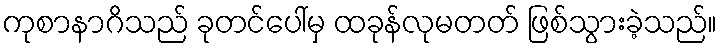
ကုစာနာဂိသည် ခုတင်ပေါ်မှ ထခုန်လုမတတ် ဖြစ်သွားခဲ့သည်။